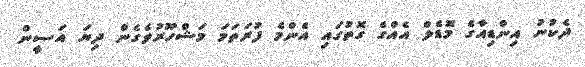
ދެކުނު އިންޑިއާގެ މޮޑެލް އެއްގެ ގޮތުގައި އެންމެ ފުރަތަމަ މަޝްހޫރުވެގެން ދިޔަ އަސީން